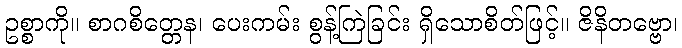
ဥစ္စာကို။ စာဂစိတ္တေန၊ ပေးကမ်း စွန့်ကြဲခြင်း ရှိသောစိတ်ဖြင့်။ ဇိနိတဗ္ဗော၊